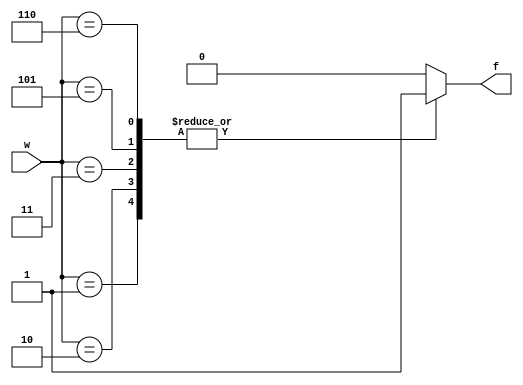
module Exercise4_19(input [2:0]w, output reg f);
	always@(w)
		begin
			case(w)
				1: f = 1;
				2: f = 1;
				3: f = 1;
				5: f = 1;
				6: f = 1;
				default: f = 0;
			endcase
		end
endmodule